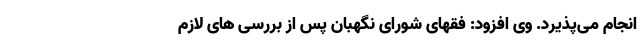
انجام می‌پذیرد. وی افزود: فقهای شورای نگهبان پس از بررسی های لازم